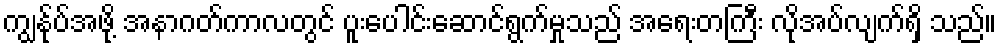
ကျွန်ုပ်အဖို့ အနာဂတ်ကာလတွင် ပူးပေါင်းဆောင်ရွက်မှုသည် အရေးတကြီး လိုအပ်လျက်ရှိ သည်။